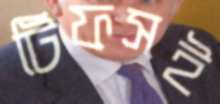
টিফসই